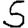
Digit: 5